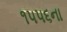
૧૫૫૬ના